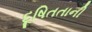
દૂષિતતાની